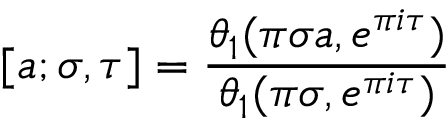
[ a ; \sigma , \tau ] = { \frac { \theta _ { 1 } ( \pi \sigma a , e ^ { \pi i \tau } ) } { \theta _ { 1 } ( \pi \sigma , e ^ { \pi i \tau } ) } }